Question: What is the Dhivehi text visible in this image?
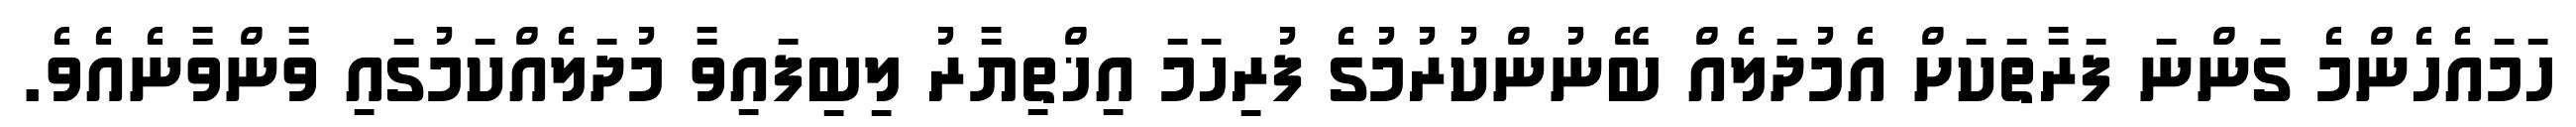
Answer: ހަމައެހެންމެ ގަންނަ ފަރާތަކަށް އެމުދަލެއް ބޭނުންކުރުމުގެ ފުރިހަމަ އިޚްތިޔާރު ލިބިފައިވާ މުދަލެއްކަމުގައި ވާންވާނެއެވެ.